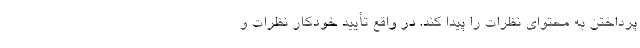
پرداختن به محتوای نظرات را پیدا کند. در واقع تأیید خودکار نظرات و